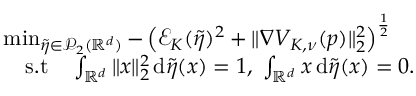
\begin{array} { r l } & { \operatorname* { m i n } _ { \tilde { \eta } \in \mathcal { P } _ { 2 } ( \mathbb { R } ^ { d } ) } - \left( \mathcal E _ { K } ( \tilde { \eta } ) ^ { 2 } + \| \nabla V _ { K , \nu } ( p ) \| _ { 2 } ^ { 2 } \right) ^ { \frac 1 2 } } \\ & { \quad \mathrm { s . t } \quad \int _ { \mathbb { R } ^ { d } } \| x \| _ { 2 } ^ { 2 } \, \mathrm { d } \tilde { \eta } ( x ) = 1 , \; \int _ { \mathbb { R } ^ { d } } x \, \mathrm { d } \tilde { \eta } ( x ) = 0 . } \end{array}